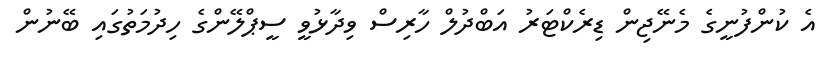
އެ ކުންފުނީގެ މެނޭޖިން ޑިރެކްޓަރު އަބްދުލް ހާރިސް ވިދާޅުވީ ސީޕްލޭންގެ ހިދުމަތުގައި ބޭނުން